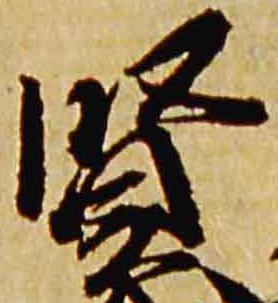
賢